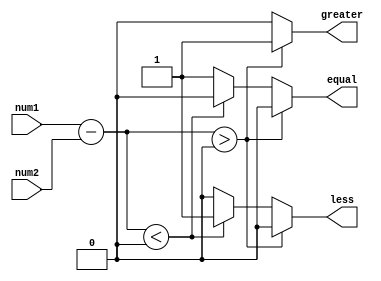
module Magnitude_comparator(
    input [7:0] num1,
    input [7:0] num2,
    output reg greater,
    output reg less,
    output reg equal
);

reg [7:0] diff;

always @*
begin
    diff = num1 - num2;

    if(diff > 0)
    begin
        greater = 1;
        less = 0;
        equal = 0;
    end
    else if(diff < 0)
    begin
        greater = 0;
        less = 1;
        equal = 0;
    end
    else
    begin
        greater = 0;
        less = 0;
        equal = 1;
    end
end

endmodule